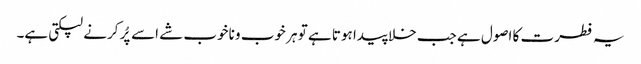
یہ فطرت کا اصول ہے جب خلا پیدا ہوتا ہے تو ہر خوب و ناخوب شے اسے پُر کرنے لپکتی ہے۔